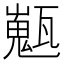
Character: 𤮞